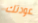
عودتك